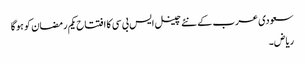
سعودی عرب کے نئے چینل ایس بی سی کا افتتاح یکم رمضان کو ہوگا
ریاض۔